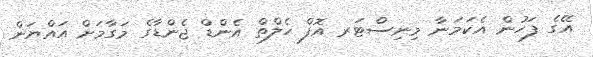
އޭގެ ފަހުން އެކަމަނާ މިނިސްޓަރ އޮފް ހެލްތް އެންޑް ޖެންޑާގެ މަގާމަށް އައްޔަން